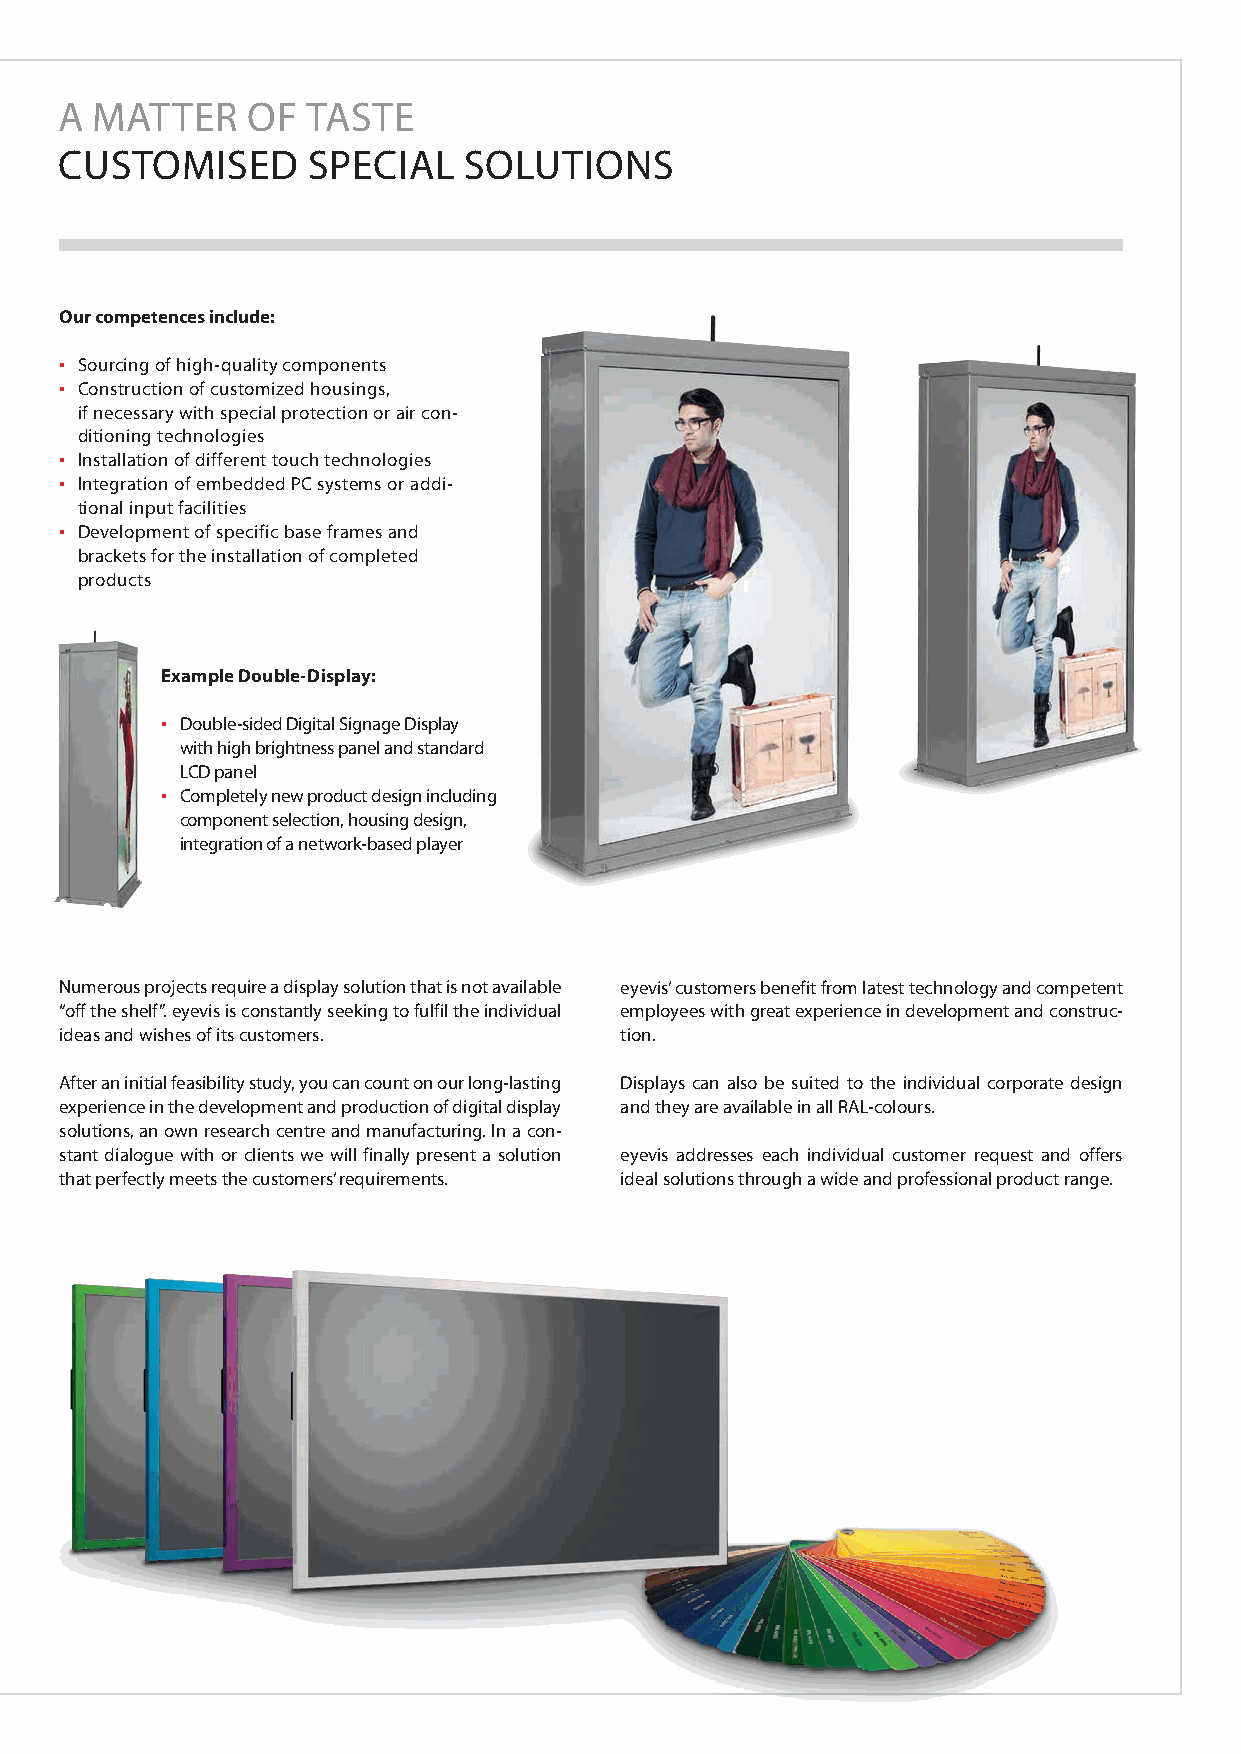
A MATTER    OF  TASTE
 CUSTOMISED      SPECIAL    SOLUTIONS
 Our competences include:
 ▪ Sourcing of high-quality components
 ▪ Construction of customized housings,
 if necessary with special protection or air con-
 ditioning technologies
 ▪ Installation of different touch technologies
 ▪ Integration of embedded PC systems or addi-
 tional input facilities
 ▪ Development of specific base frames and
 brackets for the installation of completed
 products
 Example Double-Display:
 ▪ Double-sided Digital Signage Display
 with high brightness panel and standard
 LCD panel
 ▪ Completely new product design including
 component selection, housing design,
 integration of a network-based player
 Numerous projects require a display solution that is not available eyevis’ customers benefit from latest technology and competent
 “off the shelf”. eyevis is constantly seeking to fulfil the individual employees with great experience in development and construc-
 ideas and wishes of its customers.   tion.
 After an initial feasibility study, you can count on our long-lasting Displays can also be suited to the individual corporate design
 experience in the development and production of digital display and they are available in all RAL-colours.
 solutions, an own research centre and manufacturing. In a con-
 stant dialogue with or clients we will finally present a solution eyevis addresses each individual customer request and offers
 that perfectly meets the customers’ requirements. ideal solutions through a wide and professional product range.